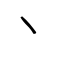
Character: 丶